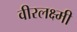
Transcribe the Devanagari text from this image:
वीरलक्ष्मी